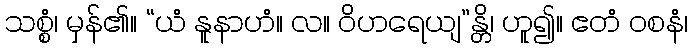
သစ္စံ၊ မှန်၏။ “ယံ နူနာဟံ။ လ။ ဝိဟရေယျ”န္တိ၊ ဟူ၍။ ဧတံ ဝစနံ၊